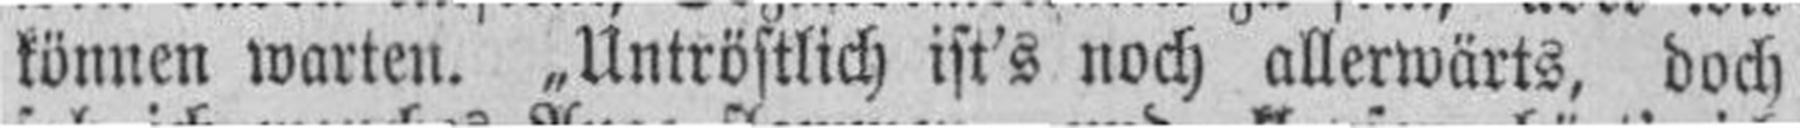
können warten. „Untröstlich ist's noch allerwärts, doch